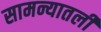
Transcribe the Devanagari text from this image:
सामन्यातली